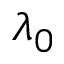
\lambda _ { 0 }